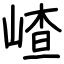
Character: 嵖